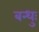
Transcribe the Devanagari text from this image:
बन्धुः